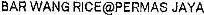
BAR WANG RICE@PERMAS JAYA